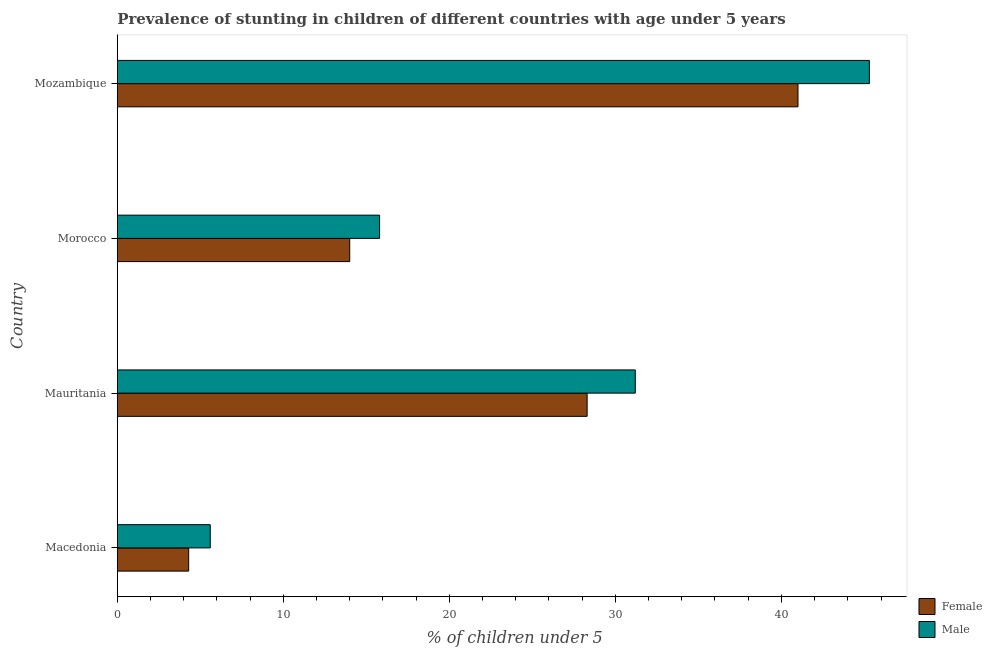
| Country | Female | Male |
 | --- | --- | --- |
 | Macedonia | 4.3 | 5.6 |
 | Mauritania | 28.3 | 31.2 |
 | Morocco | 14 | 15.8 |
 | Mozambique | 41 | 45.3 |